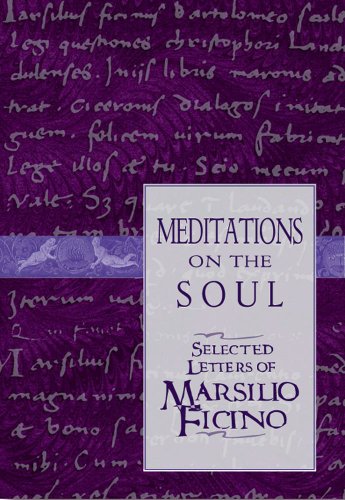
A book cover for Meditations on the Soul: Selected Letters of Marsilio Ficino; Politics & Social Sciences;